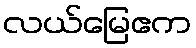
လယ်မြေဧက